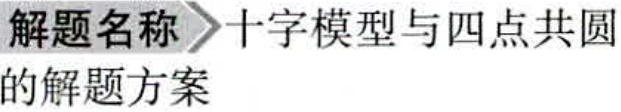
解题名称 十字模型与四点共圆的解题方案